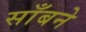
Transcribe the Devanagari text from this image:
साँबने